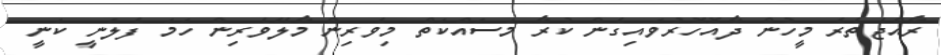
ރާއްޖެތެރެ މީހުން ދާއޮހޮރުވައިގެން ކުރާ މަސައްކަތް މިވެރިން މާލޭވެރިން ހަމަ ފެލަނީ ކަނީ